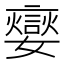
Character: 𡣹